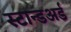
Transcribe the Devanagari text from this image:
स्टान्डअर्ड